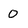
Character: 0